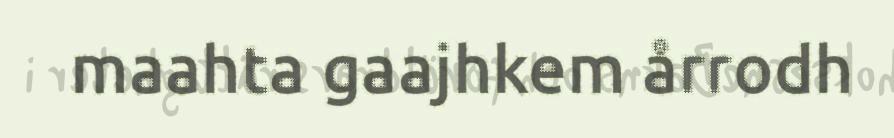
maahta gaajhkem årrodh